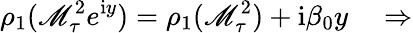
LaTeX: \rho_{1}(\mathscr{M}_{\tau}^{2}e^{\mathrm{{i}}y})=\rho_{1}(\mathscr{M}_{\tau}^{2})+\mathrm{{i}}\beta_{0}y\quad\Rightarrow